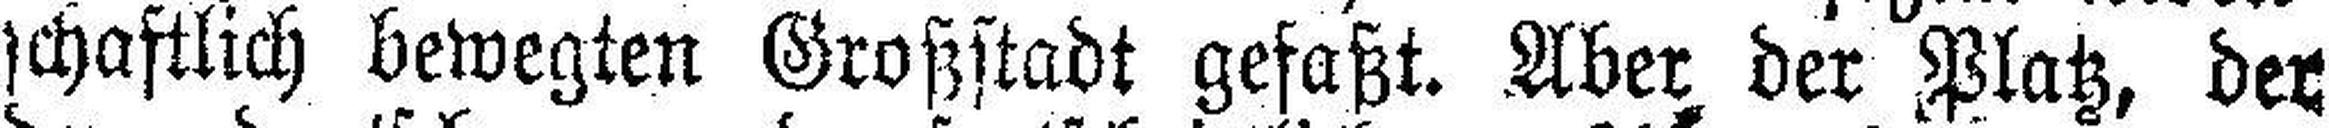
schaftlich bewegten Großstadt gefaßt. Aber der Platz, der